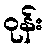
ဝုန်း